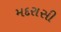
મદરાસી